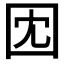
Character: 𫭃